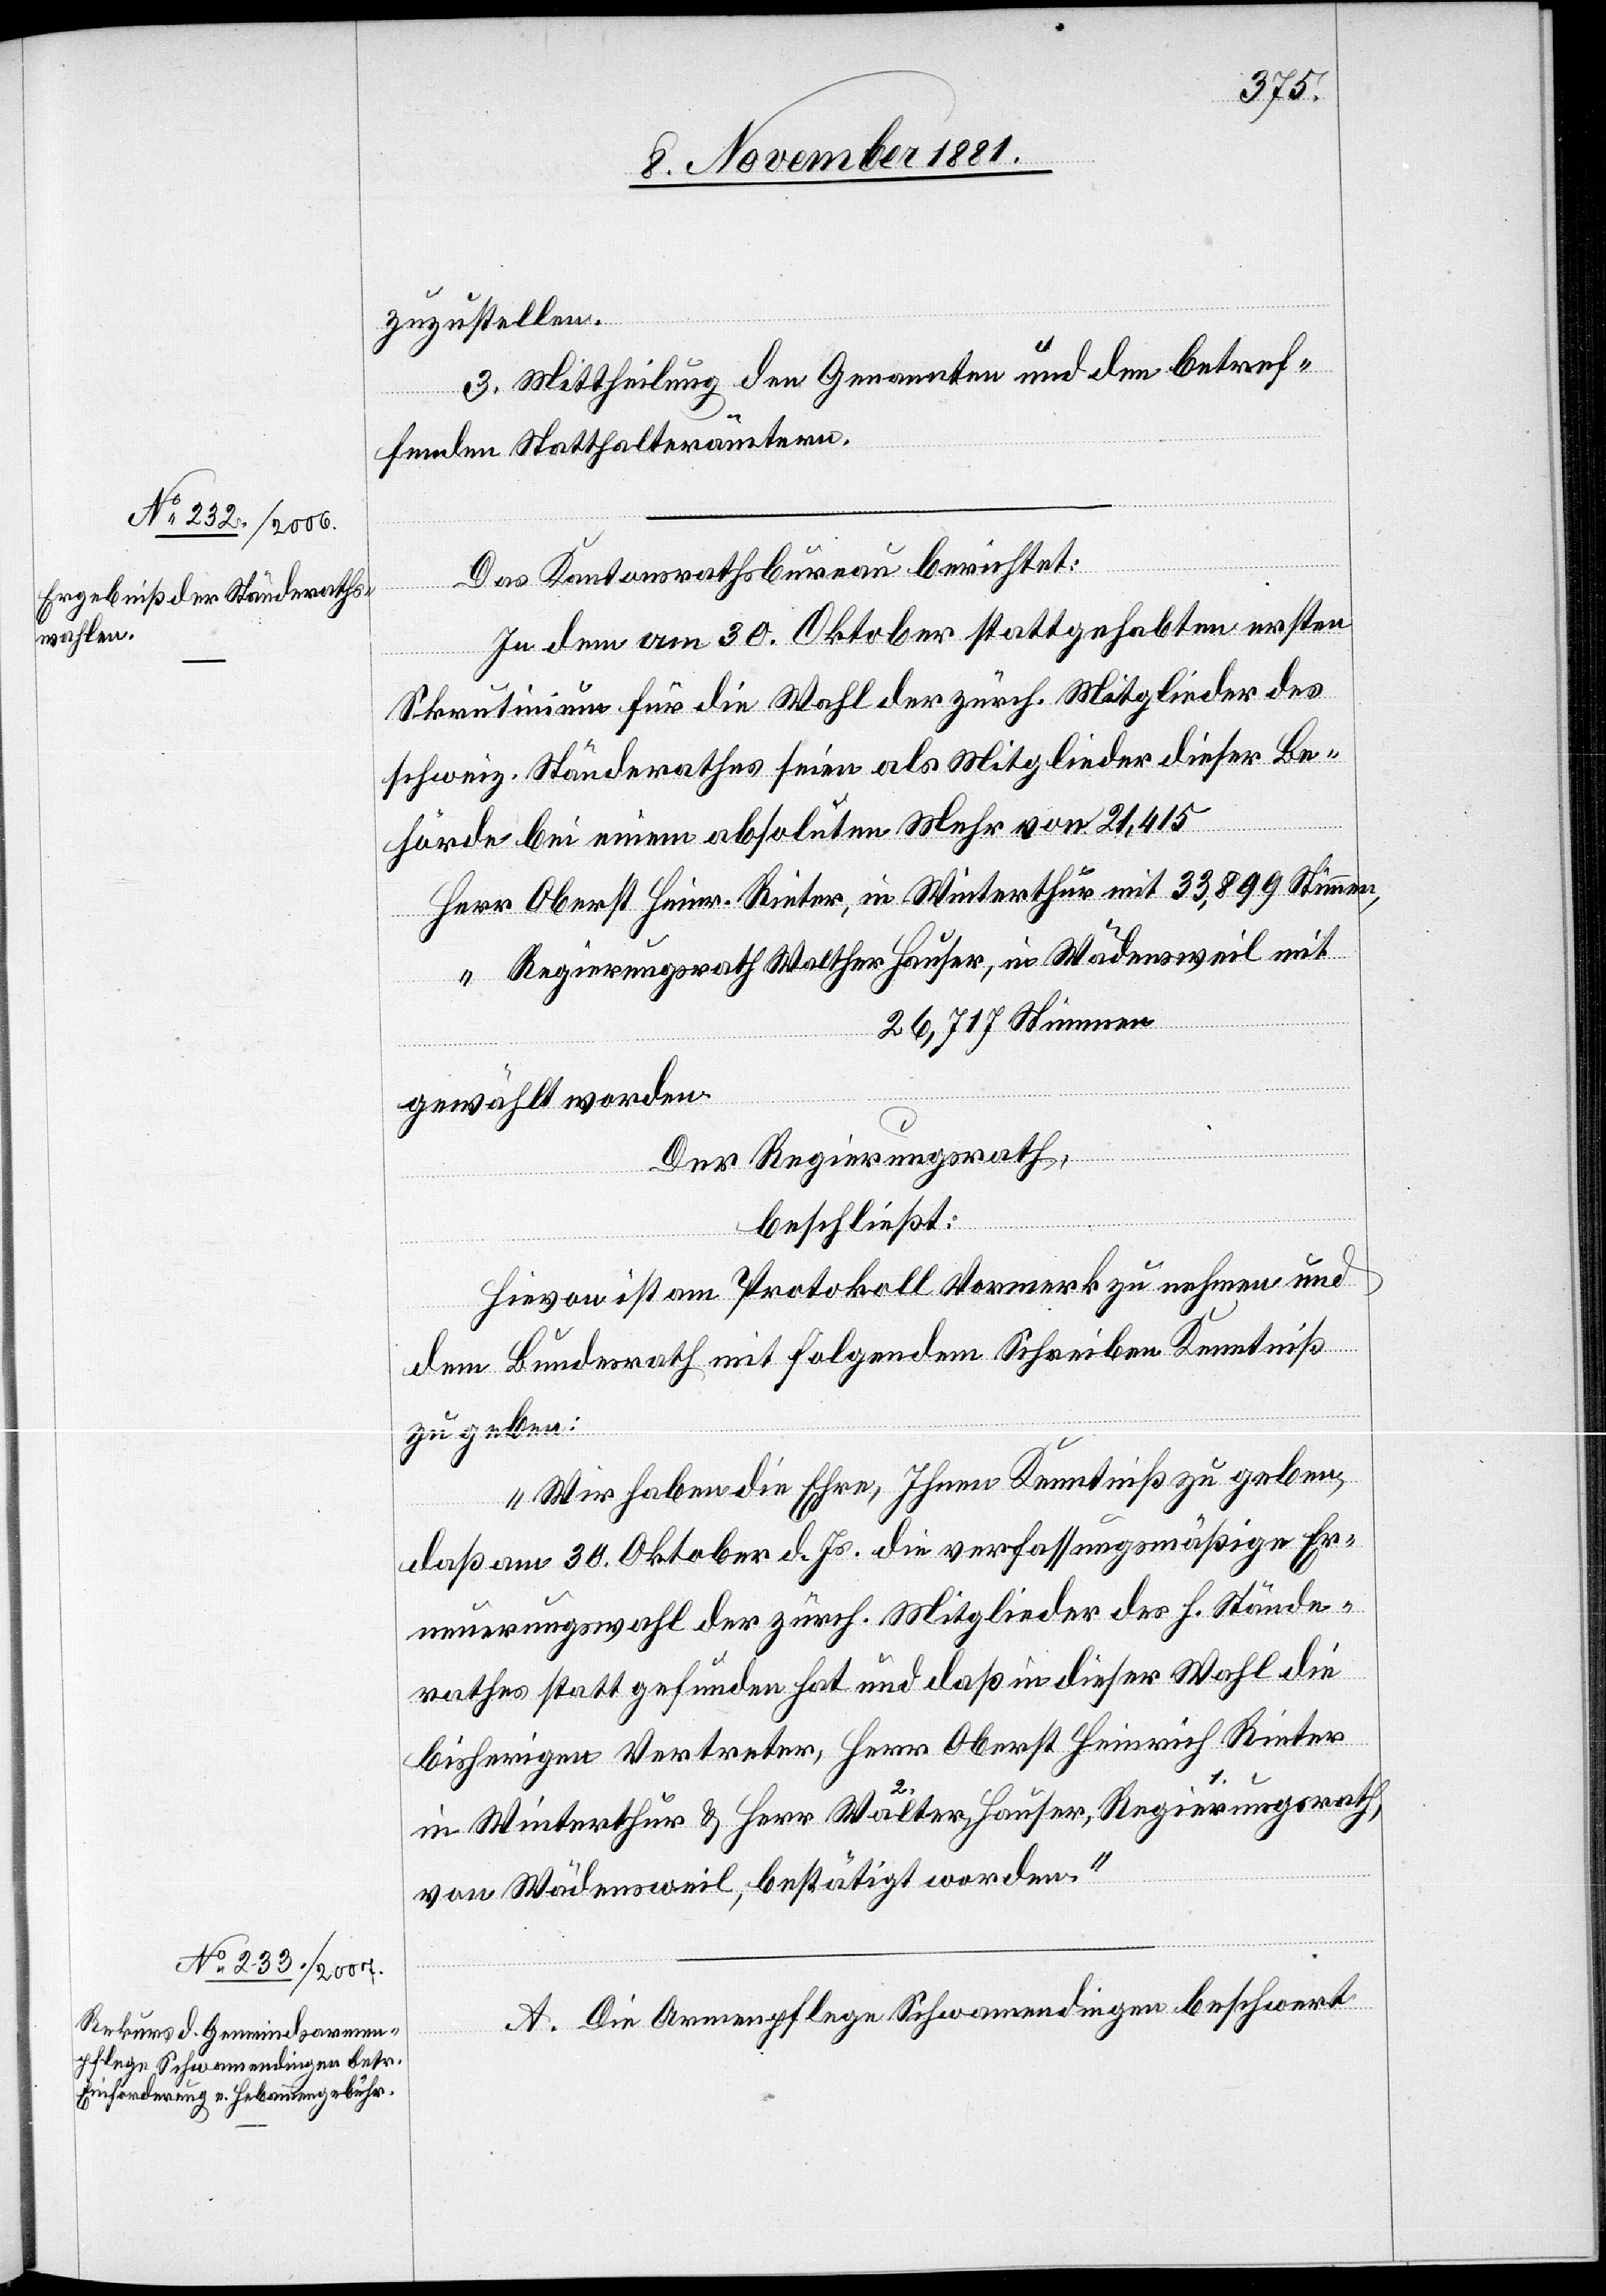
zuzustellen.
3. Mittheilung den Genannten und den betref¬
fenden Statthalterämtern.
Das Kantonsrathsbureau berichtet:
In dem am 30. Oktober stattgehabten ersten
Skrutinium für die Wahl der zürch. Mitglieder des
schweiz. Ständerathes seien als Mitglieder dieser Be¬
hörde bei einem absoluten Mehr von 21,415
Herr Oberst Heinr. Rieter, in Winterthur mit 33,899 Stimmen,
“ Regierungsrath Walther Hauser, in Wädensweil mit
26,717 Stimmen
gewählt worden.
Der Regierungsrath,
beschließt:
Hievon ist am Protokoll Vormerk zu nehmen und
dem Bundesrath mit folgendem Schreiben Kenntniß
zu geben:
„Wir haben die Ehre, Ihnen Kenntniß zu geben,
daß am 30. Oktober d. Js. die verfassungsmäßige Er¬
neuerungswahl der zürch. Mitglieder des h. Stände¬
rathes statt gefunden hat und daß in dieser Wahl die
bisherigen Vertreter, Herr Oberst Heinrich Rieter
in Winterthur & Herr Walther Hauser a-2.-a, Regierungsrath
von Wädensweil, bestätigt worden.“
A. Die Armenpflege Schwammendingen beschwert